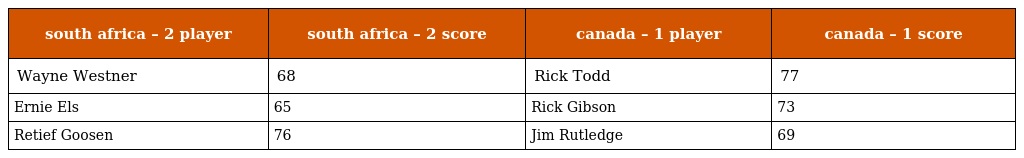
| south africa – 2 player | south africa – 2 score | canada – 1 player | canada – 1 score |
 | --- | --- | --- | --- |
 | Wayne Westner | 68 | Rick Todd | 77 |
 | Ernie Els | 65 | Rick Gibson | 73 |
 | Retief Goosen | 76 | Jim Rutledge | 69 |